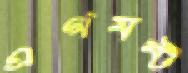
এগমন্ট